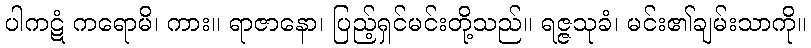
ပါကဋံ ကရောမိ၊ ကား။ ရာဇာနော၊ ပြည့်ရှင်မင်းတို့သည်။ ရဇ္ဇသုခံ၊ မင်း၏ချမ်းသာကို။